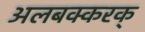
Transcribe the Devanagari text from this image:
अलबक्करक्